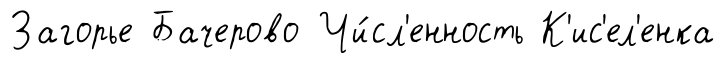
Загорье Бачерово Чи́сл'енность К'ис'ел'енка